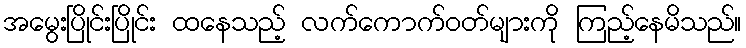
အမွေးပြိုင်းပြိုင်း ထနေသည့် လက်ကောက်ဝတ်များကို ကြည့်နေမိသည်။